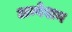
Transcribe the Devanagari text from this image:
अन्वेशन